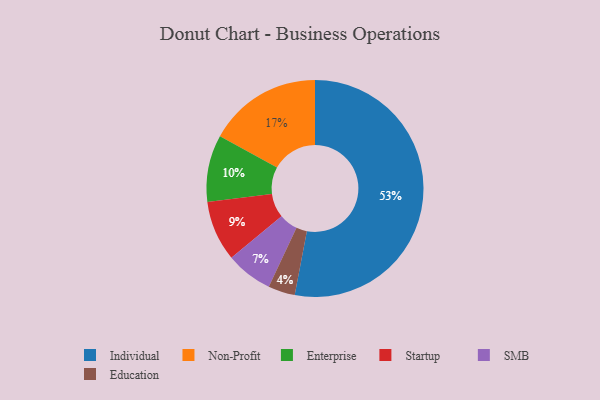
{"axis": {"x": "Category", "y": "Percentage"}, "legend": ["Education", "Enterprise", "Individual", "Non-Profit", "SMB", "Startup"], "data": [{"x": "Enterprise", "y": 10, "type": "Enterprise"}, {"x": "Non-Profit", "y": 17, "type": "Non-Profit"}, {"x": "Education", "y": 4, "type": "Education"}, {"x": "SMB", "y": 7, "type": "SMB"}, {"x": "Startup", "y": 9, "type": "Startup"}, {"x": "Individual", "y": 53, "type": "Individual"}]}